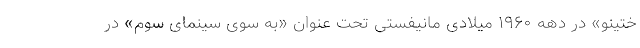
ختینو» در دهه ۱۹۶۰ میلادی مانیفستی تحت عنوان «به سوی سینمای سوم» در